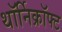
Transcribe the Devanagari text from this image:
थॉर्निक्रॉफ्ट